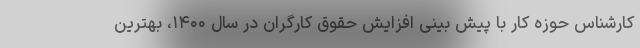
کارشناس حوزه کار با پیش بینی افزایش حقوق کارگران در سال ۱۴۰۰، بهترین